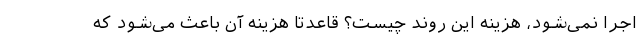
اجرا نمی‌شود، هزینه این روند چیست؟ قاعدتاً هزینه آن باعث می‌شود که